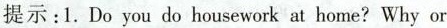
提示：1.Do you do housework at home?Why or